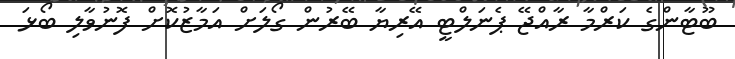
ބޫޓާންގެ ކަރްމާ ރާއްޖޭ ޕެނަލްޓީ އޭރިޔާ ބޭރުން ގޯލަށް އަމާޒުކޮށް ފޮނުވާލި ބޯޅަ